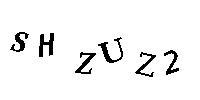
SHZUZ2